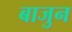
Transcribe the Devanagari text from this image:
बाजुन